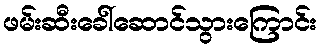
ဖမ်းဆီးခေါ်ဆောင်သွားကြောင်း